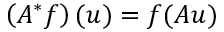
\left( A ^ { * } f \right) ( u ) = f ( A u )